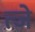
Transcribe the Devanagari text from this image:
त्जे